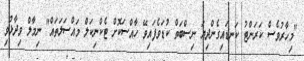
"މިހާރުވެސް ކަރަންޓު ކަނޑައިގެންދިޔަ ނިސްބަތް ކުޑަވެފައިވޭ ހާއްސަކޮށް ޓެކްނިކަލް މައްސަލަތައް" ނިމާލް ވިދާޅުވި